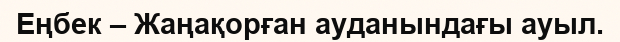
Еңбек – Жаңақорған ауданындағы ауыл.